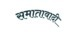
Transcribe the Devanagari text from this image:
समातावादी